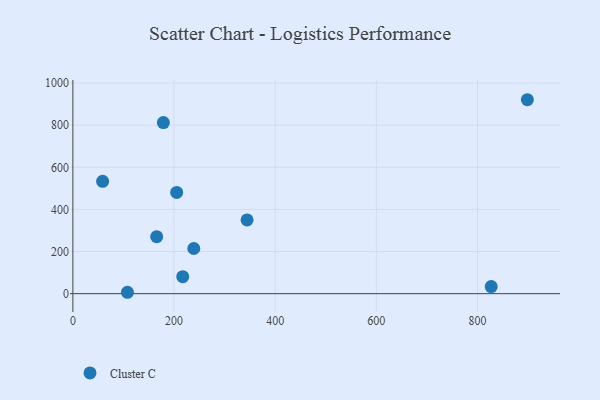
{"axis": {"x": "Speed", "y": "Yield"}, "legend": ["Cluster C"], "data": [{"x": "217.2", "y": 80.5, "type": "Cluster C"}, {"x": "205.2", "y": 480.9, "type": "Cluster C"}, {"x": "898.6", "y": 920.9, "type": "Cluster C"}, {"x": "178.9", "y": 812.2, "type": "Cluster C"}, {"x": "827.1", "y": 33.8, "type": "Cluster C"}, {"x": "344.4", "y": 350.0, "type": "Cluster C"}, {"x": "107.9", "y": 6.6, "type": "Cluster C"}, {"x": "58.8", "y": 533.3, "type": "Cluster C"}, {"x": "165.7", "y": 270.8, "type": "Cluster C"}, {"x": "239.0", "y": 214.4, "type": "Cluster C"}]}